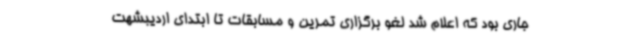
جاری بود که اعلام شد لغو برگزاری تمرین و مسابقات تا ابتدای اردیبشهت